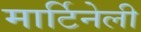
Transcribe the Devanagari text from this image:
मार्टिनेली